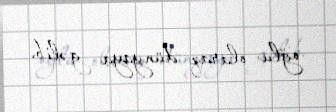
oğlu olaraq dünyaya gəlib.